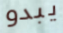
يبدو